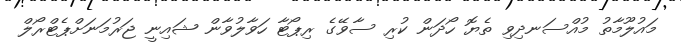
މައުލޫމާތު މުއްސަނދިވި ތެޔޮ ހޯދަން ކުރި ސާވޭގެ ރިޕޯޓާ ހަވާލުވާން ޝައިނީ ޖަރުމަނަށްޕެޓްރޯލް